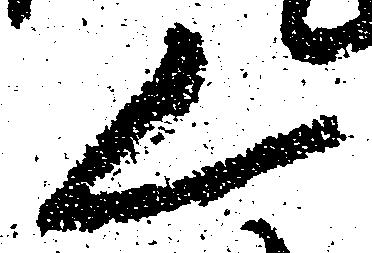
く